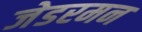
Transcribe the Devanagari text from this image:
जेडरमन